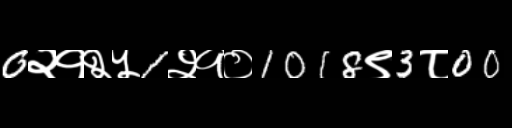
Text: 0२१२५1२१०1018९3८00